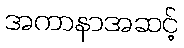
အကာနာအဆင့်